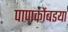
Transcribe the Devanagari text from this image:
पाणकोंबडया